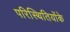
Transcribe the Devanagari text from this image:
परिस्थितियोंके